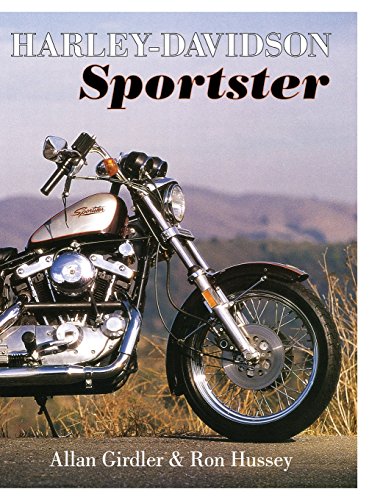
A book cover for Harley Davidson Sportster; Allan Girdler; Arts & Photography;